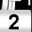
Digit: 2